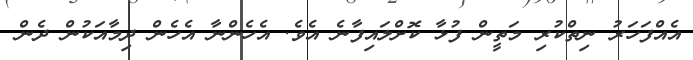
އެއްފަހަރު ނިތްކުރި މަތީން ފުޅާ ކޮށްލައިފާނެ އެވެ. އެހެންނާ އެހެން ދިމާއަކުން ދެން